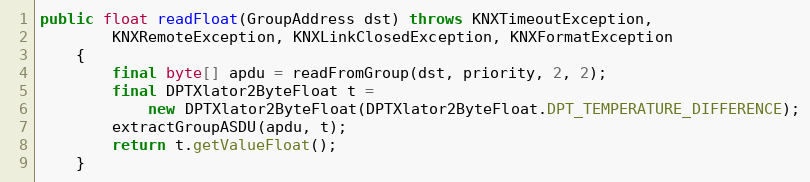
Language: Java
public float readFloat(GroupAddress dst) throws KNXTimeoutException,
		KNXRemoteException, KNXLinkClosedException, KNXFormatException
	{
		final byte[] apdu = readFromGroup(dst, priority, 2, 2);
		final DPTXlator2ByteFloat t =
			new DPTXlator2ByteFloat(DPTXlator2ByteFloat.DPT_TEMPERATURE_DIFFERENCE);
		extractGroupASDU(apdu, t);
		return t.getValueFloat();
	}